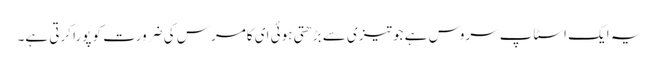
یہ ایک اسٹاپ سروس ہے جو تیزی سے بڑھتی ہوئی ای کامرس کی ضرورت کو پورا کرتی ہے۔